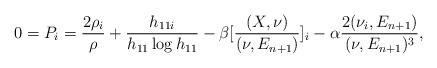
LaTeX: \begin{align*}0=P_{i}=\frac{2\rho_{i}}{\rho}+\frac{h_{11i}}{h_{11}\log h_{11}}-\beta[\frac{(X,\nu)}{(\nu,E_{n+1})}]_{i}-\alpha\frac{2(\nu_{i},E_{n+1})}{(\nu,E_{n+1})^{3}},\end{align*}